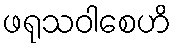
ဖရုသဝါစေဟိ